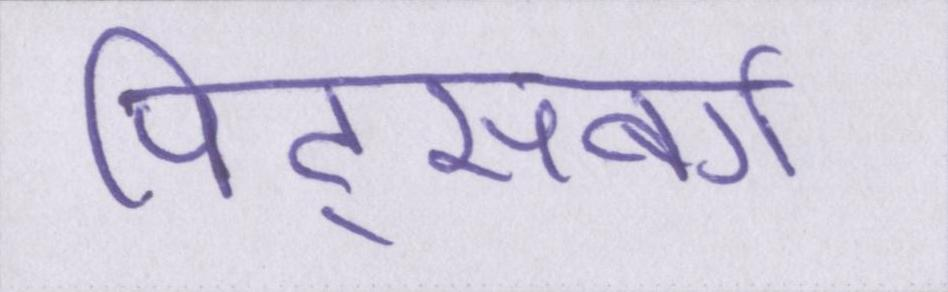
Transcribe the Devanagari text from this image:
पिट्सबर्ग